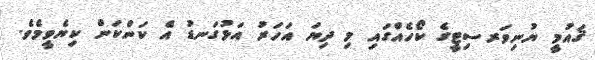
ޤައުމީ ޔުނިވަރސިޓީގެ ކޯހެއްގައި މި ދިޔަ އަހަރު އަޅުގަނޑު އެ ކަންކަން ކިޔެވީމެވެ.